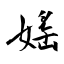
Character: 媱